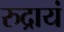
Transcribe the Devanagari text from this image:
रुद्रायं